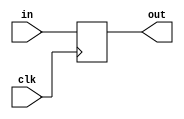
module my_dff8 (
    input clk,
	 input [7:0] in,
	 output reg [7:0] out);

	 always @(posedge clk)
	 begin
	     out <= in;
	 end
endmodule

module top_module (
    input clk,
    input [7:0] d,
    input [1:0] sel,
    output [7:0] q
);
    wire [7:0] q1;
    wire [7:0] q2;
    wire [7:0] q3;

   reg [7:0]   out;


    my_dff8 inst1(clk, d, q1);
    my_dff8 inst2(clk, q1, q2);
    my_dff8 inst3(clk, q2, q3);

    always @(*) begin
        case (sel)
            2'd0: out = d;
            2'd1: out = q1;
            2'd2: out = q2;
            2'd3: out = q3;
        endcase
    end

   assign q = out;


endmodule